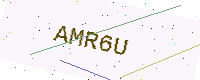
Text: AMR6U